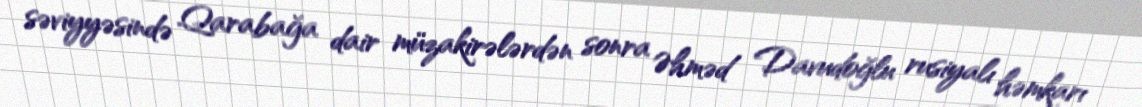
səviyyəsində Qarabağa dair müzakirələrdən sonra Əhməd Davudoğlu rusiyalı həmkarı